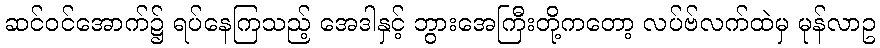
ဆင်ဝင်အောက်၌ ရပ်နေကြသည့် အေဒါနှင့် ဘွားအေကြီးတို့ကတော့ လပ်ဗ်လက်ထဲမှ မုန်လာဥ